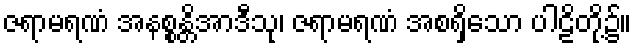
ဇရာမရဏံ အနစ္စန္တိအာဒီသု၊ ဇရာမရဏံ အစရှိသော ပါဠိတို့၌။